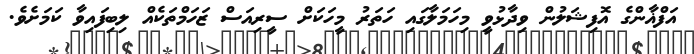
އަފްޣާންގެ އޮފިޝަލުން ވިދާޅުވީ މިހަމަލާގައި ހަތަރު މީހަކަށް ސީރިއަސް ޒަހަމްތަކެއް ލިބިފައިވާ ކަމަށެވެ.